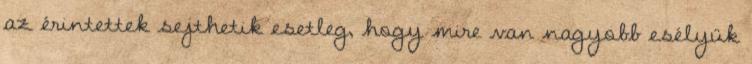
az érintettek sejthetik esetleg, hogy mire van nagyobb esélyük